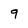
Character: 9